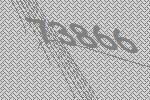
73866